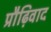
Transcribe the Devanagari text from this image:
प्रौढ़िवाद